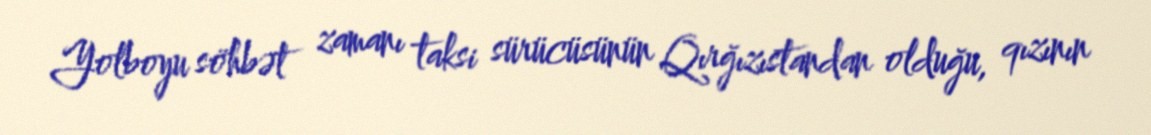
Yolboyu söhbət zamanı taksi sürücüsünün Qırğızıstandan olduğu, qızının